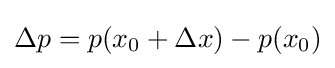
\Delta p=p(x_{0}+\Delta x)-p(x_{0})